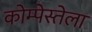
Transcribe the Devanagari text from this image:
कोम्पेस्तेला